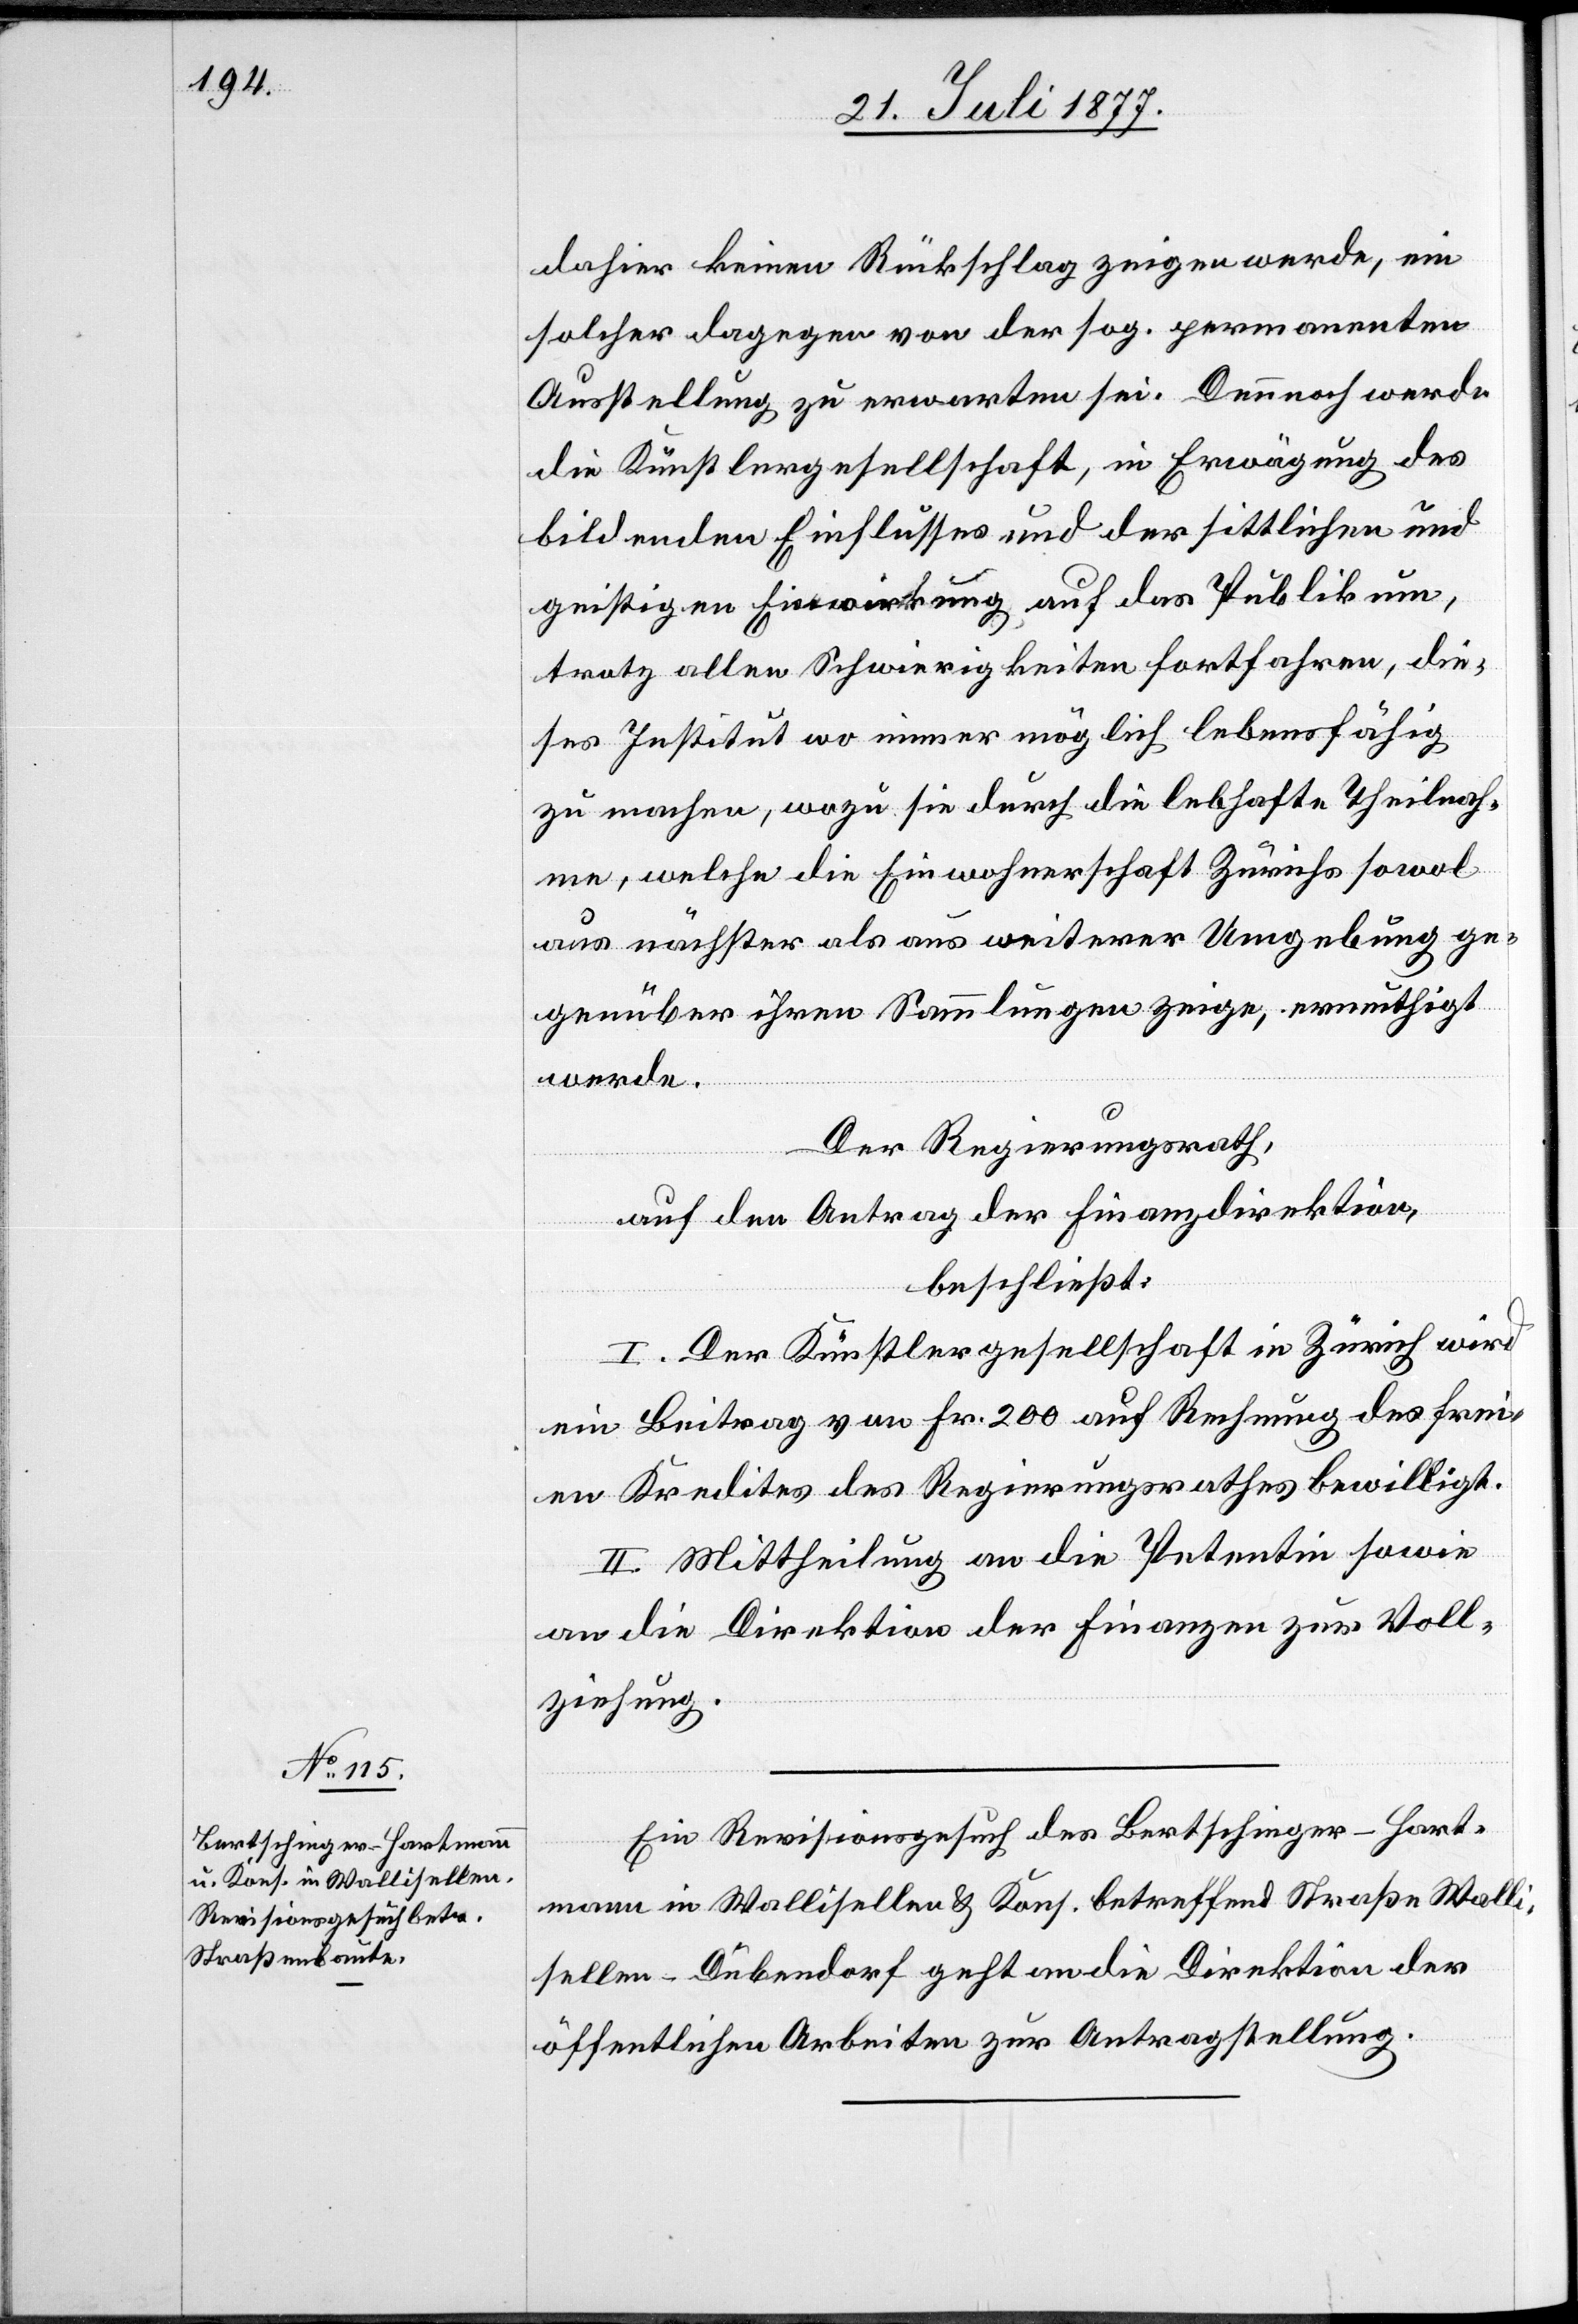
dahier keinen Rückschlag zeigen werde, ein
solcher dagegen von der sog. permanenten
Ausstellung zu erwarten sei. Dennnoch werde
die Künstlergesellschaft, in Erwägung des
bildenden Einflusses und der sittlichen und
geistigen Einwirkung auf das Publikum,
trotz allen Schwierigkeiten fortfahren, die¬
ses Institut wo immer möglich lebensfähig
zu machen, wozu sie durch die lebhafte Theilnah¬
me, welche die Einwohnerschaft Zürichs sowol
aus nächster als aus weiterer Umgebung ge¬
genüber ihren Sammlungen zeige, ermuthigt
werde.
Der Regierungsrath,
auf den Antrag der Finanzdirektion,
beschließt:
I. Der Künstlergesellschaft in Zürich wird
ein Beitrag von Fr. 200 auf Rechnung des frei¬
en Kredites des Regierungsrathes bewilligt.
II. Mittheilung an die Petentin sowie
an die Direktion der Finanzen zur Voll¬
ziehung.
Ein Revisionsgesuch des Bertschinger-Hart¬
mann in Wallisellen & Kons. betreffend Straße Walli¬
sellen–Dübendorf geht an die Direktion der
öffentlichen Arbeiten zur Antragstellung.